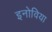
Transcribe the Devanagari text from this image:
इनोविया